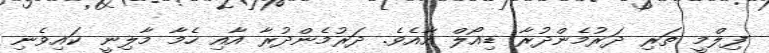
ފިލްމީ ތަރި ދަރުމެންދުރާ ޑިއޯލް އާއެވެ. ދަރުމެންދުރާ އާއި ހެމާ މާލިނީ ކައިވެނި